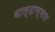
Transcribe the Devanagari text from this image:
बाल्दास्सार